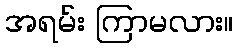
အရမ်း ကြာမလား။